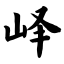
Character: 峄